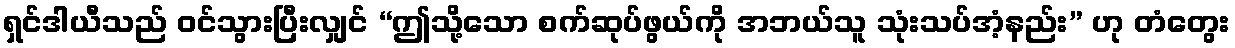
ရှင်ဒါယီသည် ဝင်သွားပြီးလျှင် “ဤသို့သော စက်ဆုပ်ဖွယ်ကို အဘယ်သူ သုံးသပ်အံ့နည်း” ဟု တံတွေး